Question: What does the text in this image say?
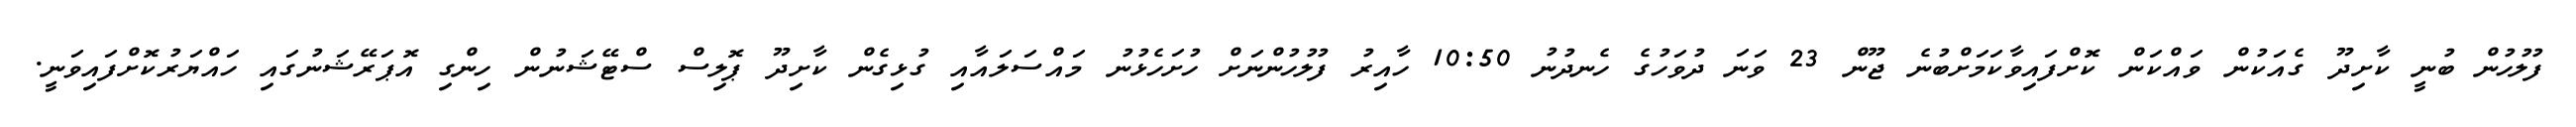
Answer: ފުލުހުން ބުނީ ކާށިދޫ ގެއަކުން ވައްކަން ކޮށްފައިވާކަމަށްބުނެ ޖޫން 23 ވަނަ ދުވަހުގެ ހެނދުނު 10:50 ހާއިރު ފުލުހުންނަށް ހުށަހެޅުނު މައްސަލައާއި ގުޅިގެން ކާށިދޫ ޕޮލިސް ސްޓޭޝަނުން ހިންގި އޮޕަރޭޝަނުގައި ހައްޔަރުކޮށްފައިވަނީ.